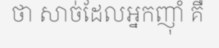
ថា សាច់ដែលអ្នកញ៉ាំ គឺ